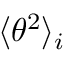
\langle \theta ^ { 2 } \rangle _ { i }